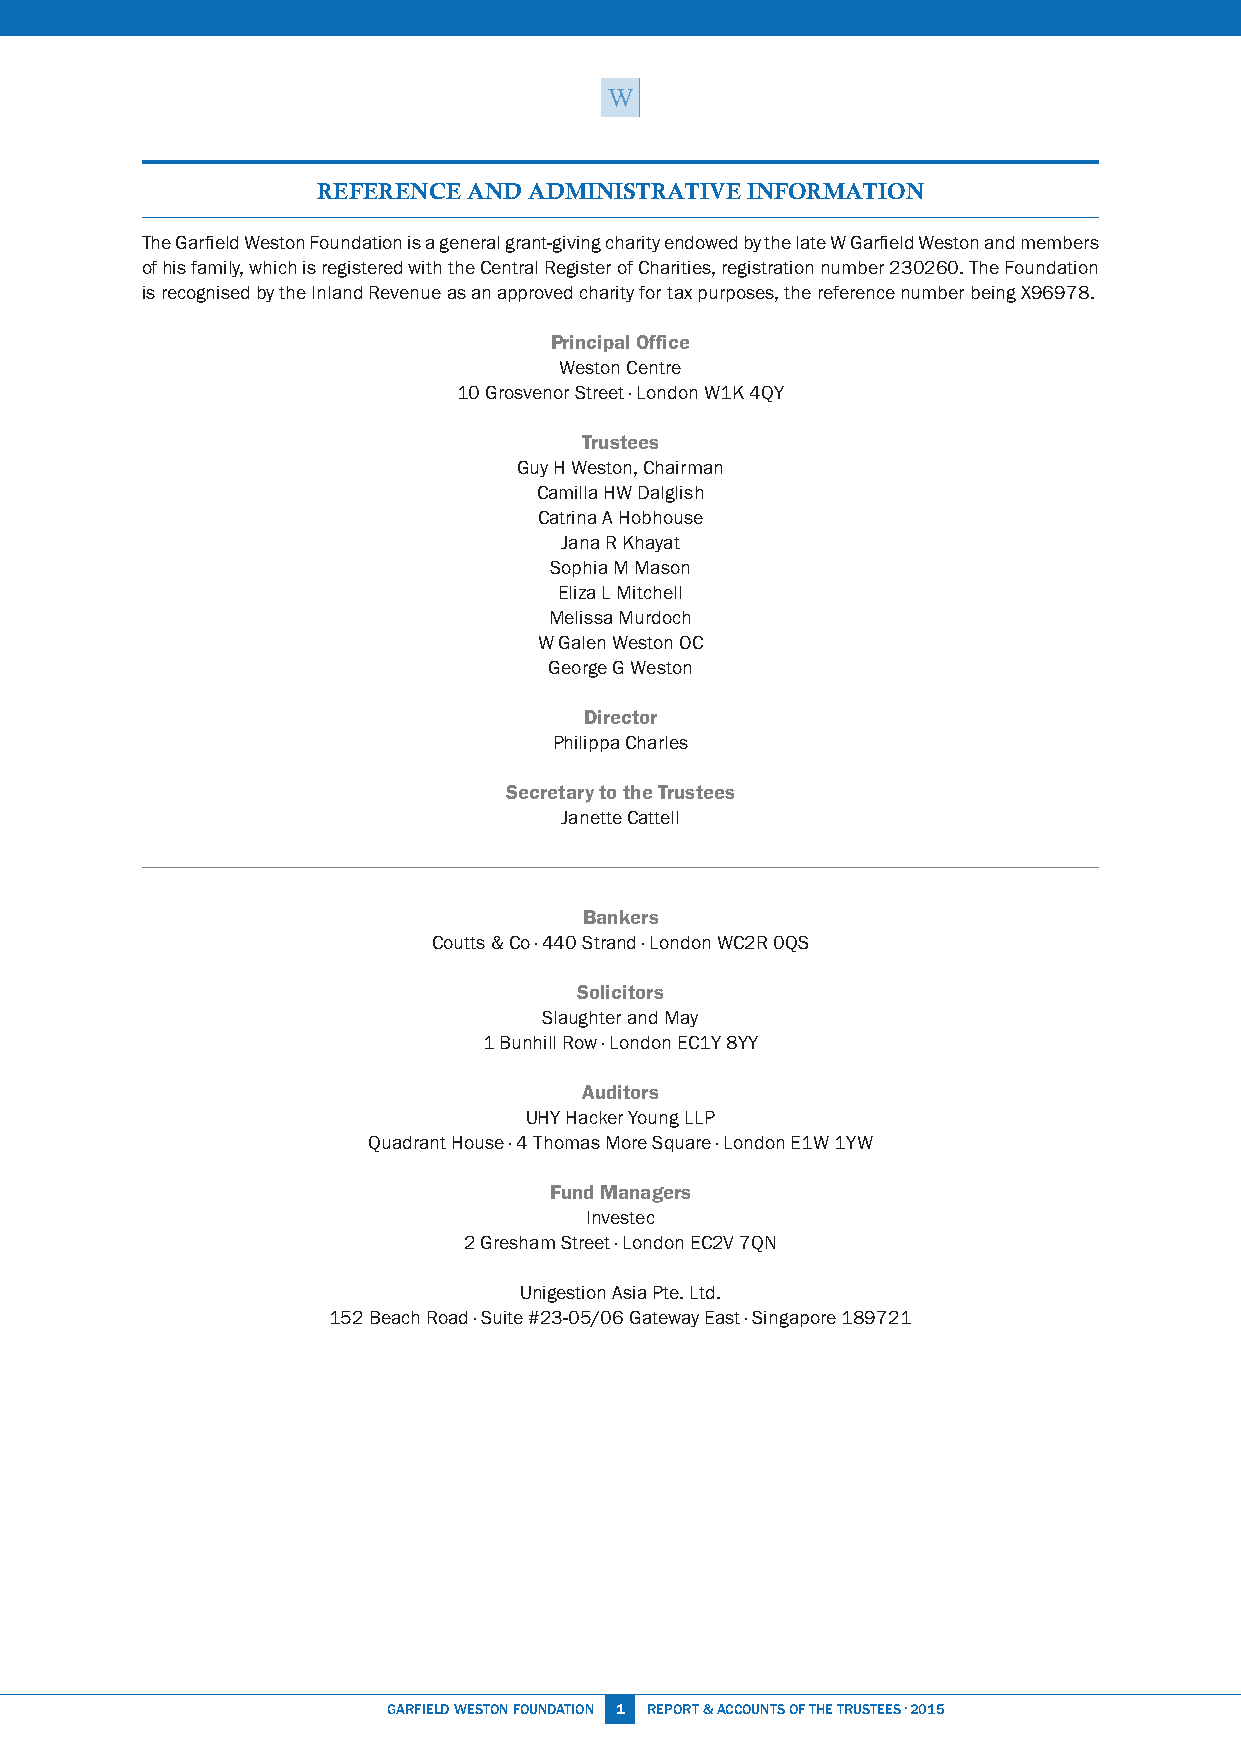
REFERENCE AND ADMINISTRATIVE INFORMATION
 The Garfield Weston Foundation is a general grant-giving charity endowed by the late W Garfield Weston and members
 of his family, which is registered with the Central Register of Charities, registration number 230260. The Foundation
 is recognised by the Inland Revenue as an approved charity for tax purposes, the reference number being X96978.
 Principal Office
 Weston Centre
 10 Grosvenor Street · London W1K 4QY
 Trustees
 Guy H Weston, Chairman
 Camilla HW Dalglish
 Catrina A Hobhouse
 Jana R Khayat
 Sophia M Mason
 Eliza L Mitchell
 Melissa Murdoch
 W Galen Weston OC
 George G Weston
 Director
 Philippa Charles
 Secretary to the Trustees
 Janette Cattell
 Bankers
 Coutts & Co · 440 Strand · London WC2R 0QS
 Solicitors
 Slaughter and May
 1 Bunhill Row · London EC1Y 8YY
 Auditors
 UHY Hacker Young LLP
 Quadrant House · 4 Thomas More Square · London E1W 1YW
 Fund Managers
 Investec
 2 Gresham Street · London EC2V 7QN
 Unigestion Asia Pte. Ltd.
 152 Beach Road · Suite #23-05/06 Gateway East · Singapore 189721
 GARFiEld WESTON FOUNdATiON 1 REPORT & ACCOUNTS OF THE TRUSTEES · 2015